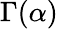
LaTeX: \Gamma(\alpha)